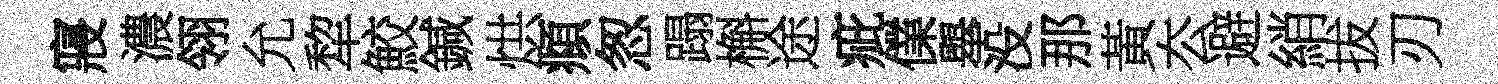
寢濃翎允犂鮫鍼烘頫怱蹋槲途疵㒒舉没那黃厺避綃拔刃